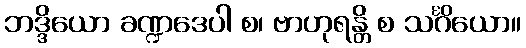
ဘဒ္ဒိယော ခဏ္ဍဒေပါ စ၊ ဗာဟုရန္တိ စ သင်္ဂိယော။